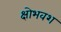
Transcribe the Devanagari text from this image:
क्षोभवश